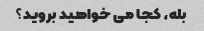
بله، کجا می خواهید بروید؟